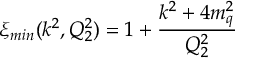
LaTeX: \xi _ { m i n } ( k ^ { 2 } , Q _ { 2 } ^ { 2 } ) = 1 + { \frac { k ^ { 2 } + 4 m _ { q } ^ { 2 } } { Q _ { 2 } ^ { 2 } } }